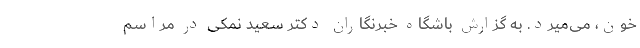
خون، می‌‌میرد. به گزارش باشگاه خبرنگاران دکتر سعید نمکی در مراسم